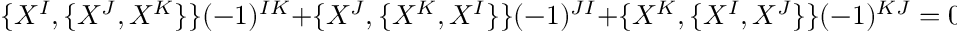
\{ X ^ { I } , \{ X ^ { J } , X ^ { K } \} \} ( - 1 ) ^ { I K } + \{ X ^ { J } , \{ X ^ { K } , X ^ { I } \} \} ( - 1 ) ^ { J I } + \{ X ^ { K } , \{ X ^ { I } , X ^ { J } \} \} ( - 1 ) ^ { K J } = 0 ,